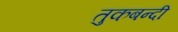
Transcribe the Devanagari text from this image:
तुकबन्दी